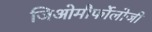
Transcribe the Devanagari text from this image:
जिओमौर्फोलोजी